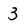
Character: 3